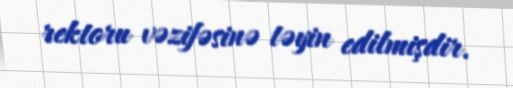
rektoru vəzifəsinə təyin edilmişdir.